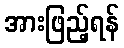
အားဖြည့်ရန်